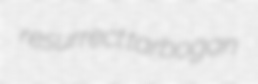
resurrect tarbogan